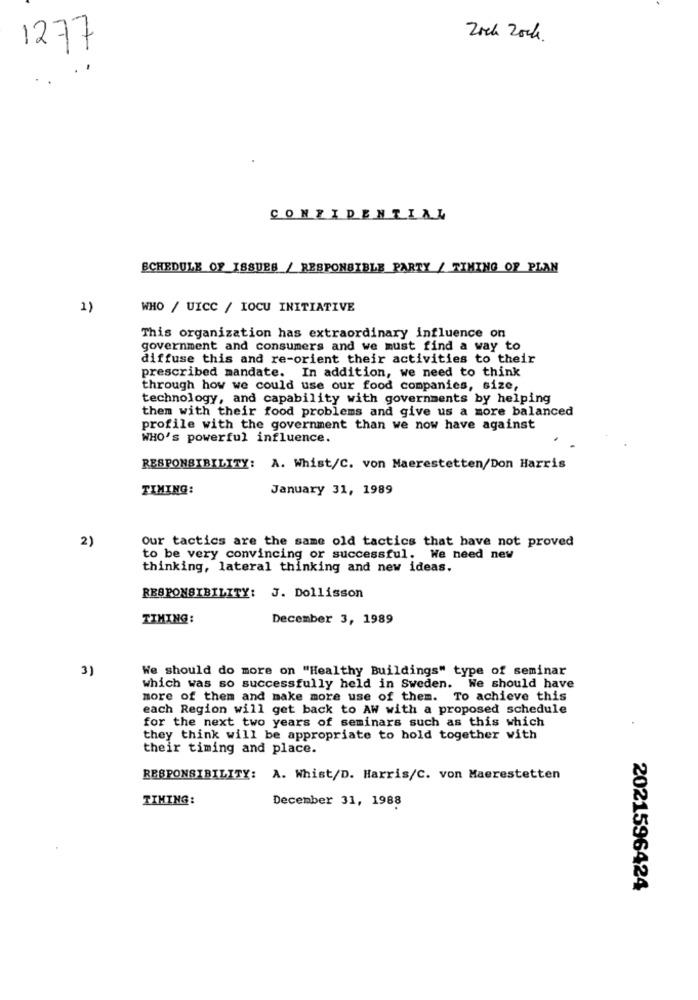
Zoch Zocks.
1277
CONFIDENTIAL
SCHEDULE OF ISSUES / RESPONSIBLE PARTY / TIMING OF PLAN
1)
WHO / UICC / IOCU INITIATIVE
This organization has extraordinary influence on
government and consumers and we must find a way to
diffuse this and re-orient their activities to their
prescribed mandate. In addition, we need to think
through how we could use our food companies, size,
technology, and capability with governments by helping
them with their food problems and give us a more balanced
profile with the government than we now have against
WHO's powerful influence.
RESPONSIBILITY: A. Whist/C. von Maerestetten/Don Harris
TIMING:
January 31, 1989
2)
our tactics are the same old tactics that have not proved
to be very convincing or successful. We need new
thinking, lateral thinking and new ideas.
RESPONSIBILITY: J. Dollisson
TIMING:
December 3, 1989
3)
We should do more on "Healthy Buildings" type of seminar
which was so successfully held in Sweden. We should have
more of them and make more use of them. To achieve this
each Region will get back to AW with a proposed schedule
for the next two years of seminars such as this which
they think will be appropriate to hold together with
their timing and place.
RESPONSIBILITY: A. Whist/D. Harris/C. von Maerestetten
TIMING:
December 31, 1988
2021596424